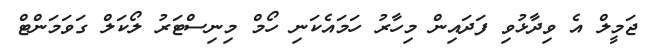
ޖަމީލް އެ ވިދާޅުވި ފަދައިން މިހާރު ހަމައެކަނި ހޯމް މިނިސްޓަރު ލޯކަލް ގަވަމަންޓް